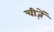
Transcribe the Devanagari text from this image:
चीजे़ें